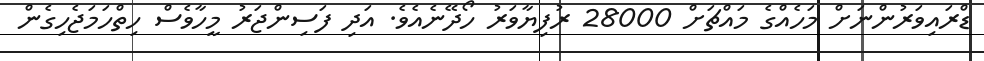
ޑްރައިވަރުންނަށް މަހެއްގެ މައްޗަށް 28000 ރުފިޔާވަރު ހޯދޭނެއެވެ. އަދި ފަސިންޖަރު މީހާވެސް ހިތްހަމަޖެހިގެން